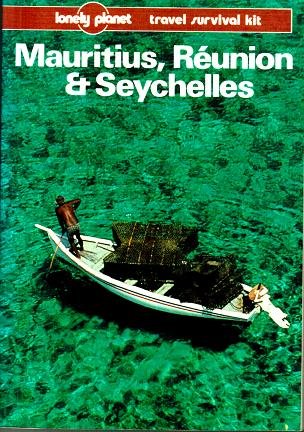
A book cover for Lonely Planet Mauritius Reunion and Seychelles; Robert Strauss; Travel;